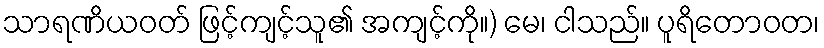
သာရဏိယဝတ် ဖြင့်ကျင့်သူ၏ အကျင့်ကို။) မေ၊ ငါသည်။ ပူရိတောဝတ၊